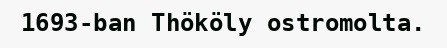
1693-ban Thököly ostromolta.